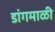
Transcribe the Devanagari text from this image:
डांगमाळी